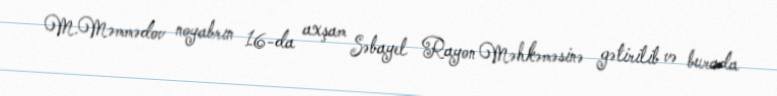
M.Məmmədov noyabrın 16-da axşam Səbayel Rayon Məhkəməsinə gətirilib və burada